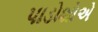
પાડોશોએ